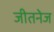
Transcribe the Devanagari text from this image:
जीतनेज